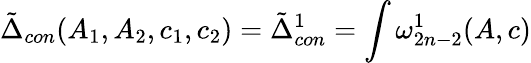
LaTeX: \tilde{\Delta}_{con}(A_{1},A_{2},c_{1},c_{2})=\tilde{\Delta}_{con}^{1}=\int\omega_{2n-2}^{1}(A,c)